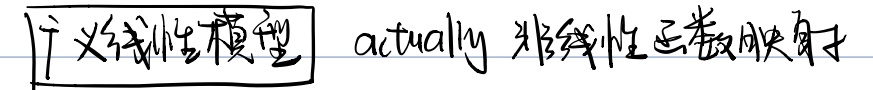
\(\boxed{\text{广义线性模型}}\) actually 非线性函数映射